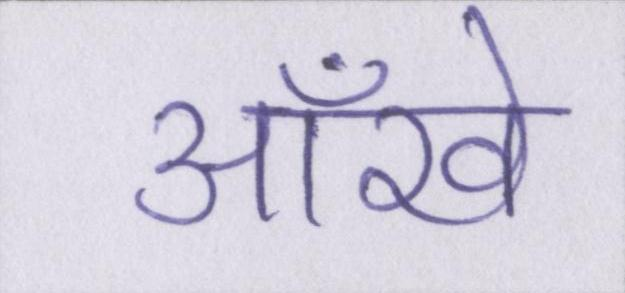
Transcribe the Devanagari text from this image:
आँखे